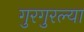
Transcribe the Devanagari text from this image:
गुरगुरल्या